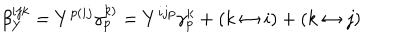
\beta _ { Y } ^ { i j k } = Y ^ { p ( i j } \gamma _ { p } ^ { k ) } = Y ^ { i j p } \gamma _ { p } ^ { k } + ( k \leftrightarrow i ) + ( k \leftrightarrow j )